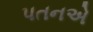
પતનએ